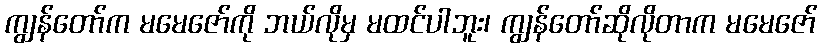
ကျွန်တော်က မမေဇော်ကို ဘယ်လိုမှ မထင်ပါဘူး၊ ကျွန်တော်ဆိုလိုတာက မမေဇော်